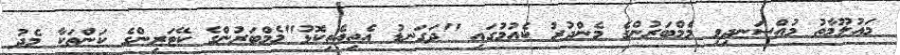
މައުލޫމާތު މުއްސަނދިވި މެމްބަރުންގެ މެންދުރު ކެއުމުގައި "ދަގަނޑު އެތިއެތިކޮޅު"މެމްބަރުންގެ ކޭޓަރިންގެ ކަންތަކާ މެދު